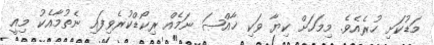
މަޑުކަށި ހުރެއެވެ. މިމަހަށް ކިޔާ ވަކި ޚާއްޞަ ނަމެއް ރިކޯޑްކުރެވިފައި ނެތުމާއެކު މިއީ